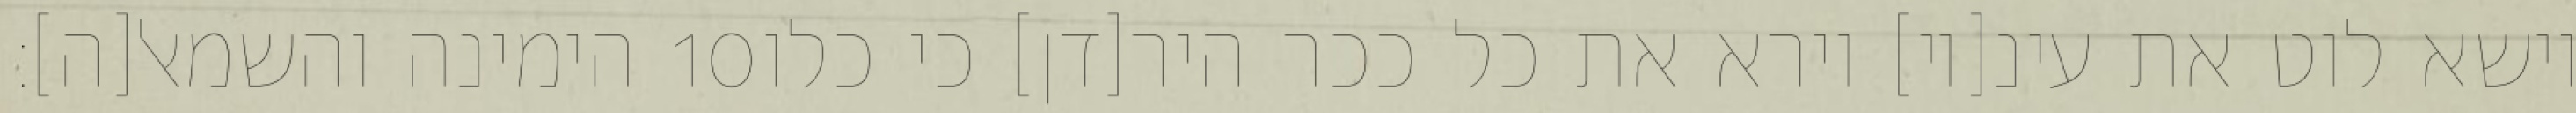
הימינה והשמאל[ה]׃ ‎10‏ וישא לוט את עינ[יו] וירא את כל ככר היר[דן] כי כלו